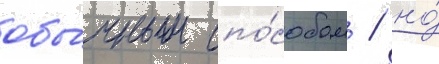
обы́чным спо́собом / но́